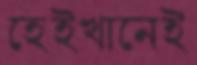
হেইখানেই